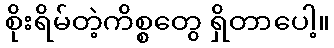
စိုးရိမ်တဲ့ကိစ္စတွေ ရှိတာပေါ့။